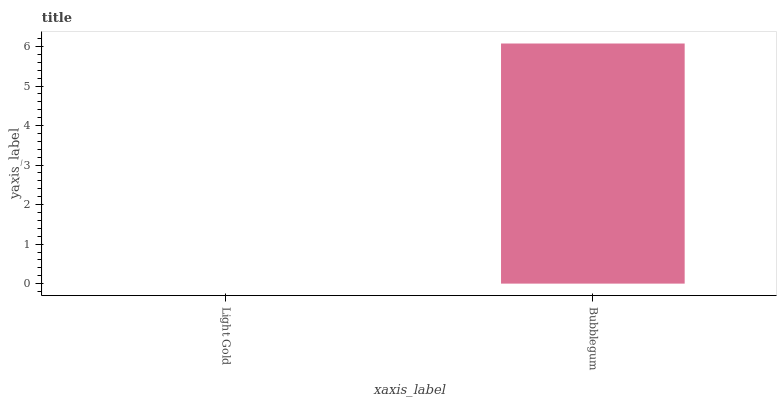
| xaxis_label | bars |
 | --- | --- |
 | Light Gold | 0 |
 | Bubblegum | 6.08 |